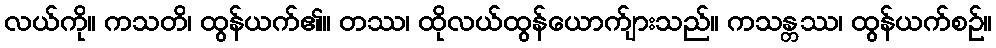
လယ်ကို။ ကသတိ၊ ထွန်ယက်၏။ တဿ၊ ထိုလယ်ထွန်ယောက်ျားသည်။ ကသန္တဿ၊ ထွန်ယက်စဉ်။